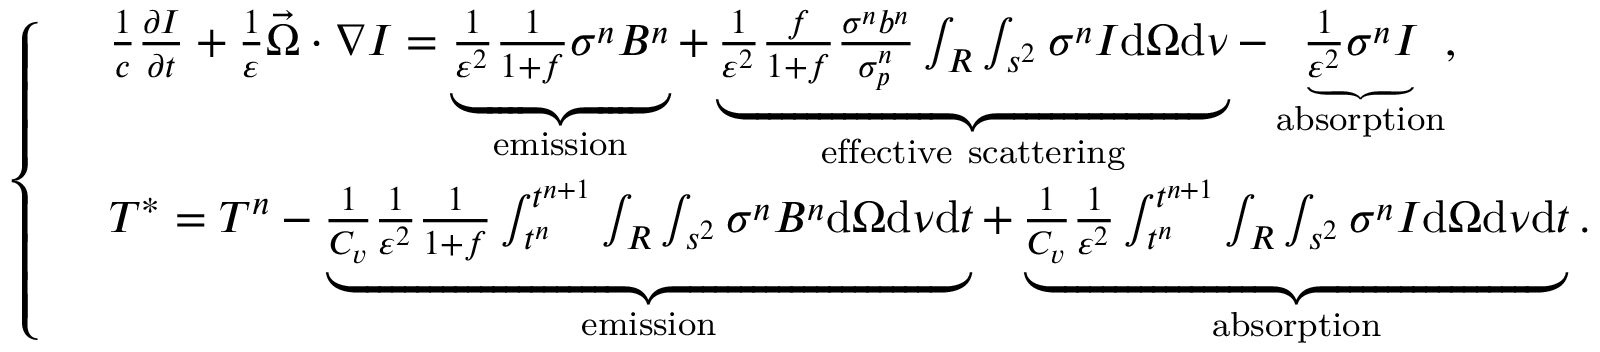
\left\{ \begin{array} { r l } & { \frac { 1 } { c } \frac { \partial I } { \partial t } + \frac { 1 } { \varepsilon } \vec { \Omega } \cdot \nabla I = \underbrace { \frac { 1 } { \varepsilon ^ { 2 } } \frac { 1 } { 1 + f } \sigma ^ { n } B ^ { n } } _ { \mathrm { e m i s s i o n } } + \underbrace { \frac { 1 } { \varepsilon ^ { 2 } } \frac { f } { 1 + f } \frac { \sigma ^ { n } b ^ { n } } { \sigma _ { p } ^ { n } } \int _ { R } \int _ { s ^ { 2 } } \sigma ^ { n } I \mathrm { d } \Omega \mathrm { d } \nu } _ { \mathrm { e f f e c t i v e ~ s c a t t e r i n g } } - \underbrace { \frac { 1 } { \varepsilon ^ { 2 } } \sigma ^ { n } I } _ { \mathrm { a b s o r p t i o n } } , } \\ & { T ^ { * } = T ^ { n } - \underbrace { \frac { 1 } { C _ { v } } \frac { 1 } { \varepsilon ^ { 2 } } \frac { 1 } { 1 + f } \int _ { t ^ { n } } ^ { t ^ { n + 1 } } \int _ { R } \int _ { s ^ { 2 } } \sigma ^ { n } B ^ { n } \mathrm { d } \Omega \mathrm { d } \nu \mathrm { d } t } _ { \mathrm { e m i s s i o n } } + \underbrace { \frac { 1 } { C _ { v } } \frac { 1 } { \varepsilon ^ { 2 } } \int _ { t ^ { n } } ^ { t ^ { n + 1 } } \int _ { R } \int _ { s ^ { 2 } } \sigma ^ { n } I \mathrm { d } \Omega \mathrm { d } \nu \mathrm { d } t } _ { \mathrm { a b s o r p t i o n } } . } \end{array} \right.